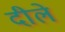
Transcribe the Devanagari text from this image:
दीले